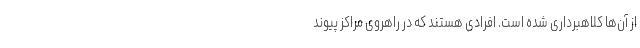
از آن‌ها کلاهبرداری شده است. افرادی هستند که در راهروی مراکز پیوند